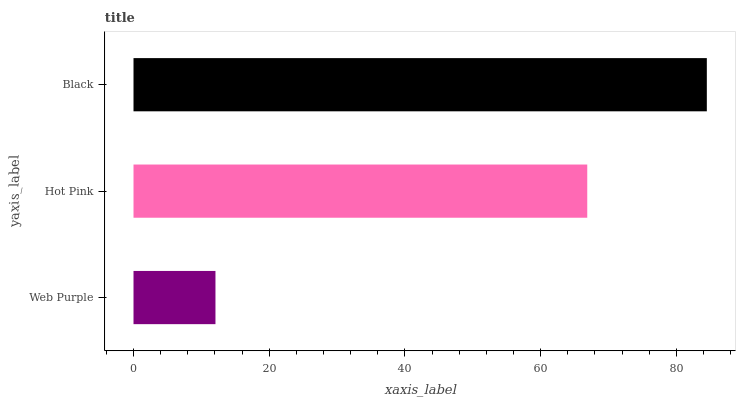
| yaxis_label | bars |
 | --- | --- |
 | Web Purple | 12.1 |
 | Hot Pink | 66.9 |
 | Black | 84.5 |